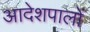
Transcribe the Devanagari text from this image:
आदेशपालों